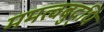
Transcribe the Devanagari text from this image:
ममत्वबुद्धि